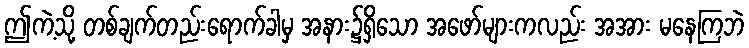
ဤကဲ့သို့ တစ်ချက်တည်းရောက်ခါမှ အနား၌ရှိသော အဖော်များကလည်း အအား မနေကြဘဲ